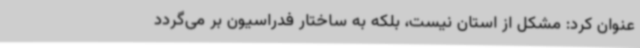
عنوان کرد: مشکل از استان نیست، بلکه به ساختار فدراسیون بر می‌گردد